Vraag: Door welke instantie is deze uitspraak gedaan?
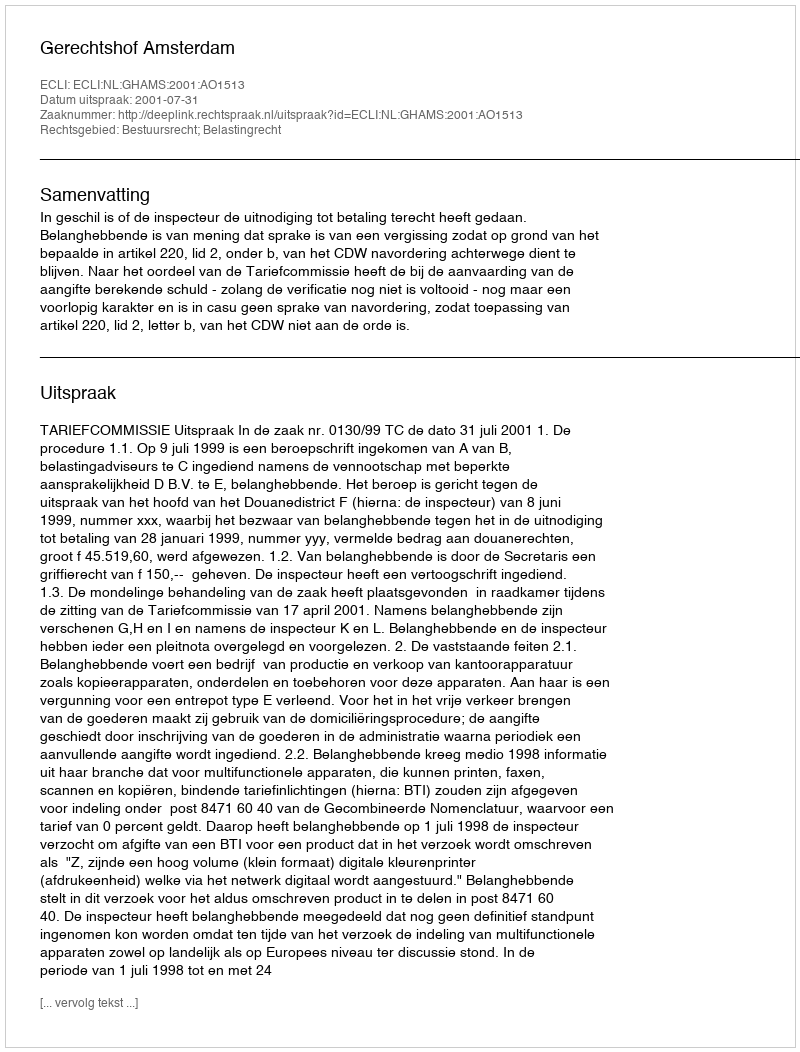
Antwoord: Gerechtshof Amsterdam